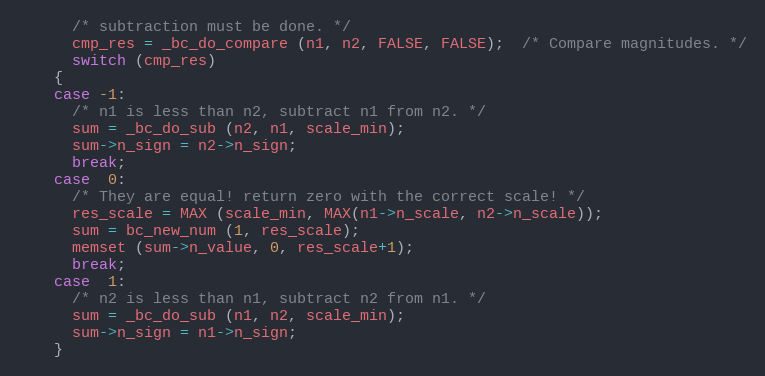
Language: C++
      /* subtraction must be done. */
      cmp_res = _bc_do_compare (n1, n2, FALSE, FALSE);  /* Compare magnitudes. */
      switch (cmp_res)
	{
	case -1:
	  /* n1 is less than n2, subtract n1 from n2. */
	  sum = _bc_do_sub (n2, n1, scale_min);
	  sum->n_sign = n2->n_sign;
	  break;
	case  0:
	  /* They are equal! return zero with the correct scale! */
	  res_scale = MAX (scale_min, MAX(n1->n_scale, n2->n_scale));
	  sum = bc_new_num (1, res_scale);
	  memset (sum->n_value, 0, res_scale+1);
	  break;
	case  1:
	  /* n2 is less than n1, subtract n2 from n1. */
	  sum = _bc_do_sub (n1, n2, scale_min);
	  sum->n_sign = n1->n_sign;
	}